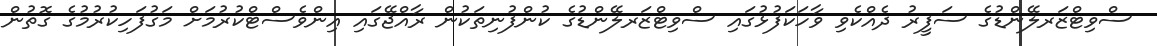
ސްވިޓްޒަރލޭންޑުގެ ސަފީރު ދެއްކެވި ވާހަކަފުޅުގައި ސްވިޓްޒަރލޭންޑުގެ ކުންފުނިތަކުން ރާއްޖޭގައި އިންވެސްޓްކުރުމަށް މަގުފަހިކުރުމުގެ ގޮތުން